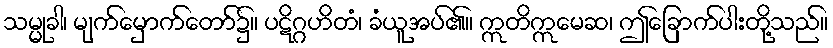
သမ္မုခါ၊ မျက်မှောက်တော်၌။ ပဋိဂ္ဂဟိတံ၊ ခံယူအပ်၏။ ဣတိဣမေဆ၊ ဤခြောက်ပါးတို့သည်။